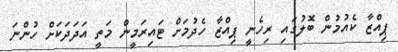
ޕިއްޒާ ކެއުމުން ބޮލުގައި ރިހެނީ ޕިއްޒާ ހެދުމަށް ޓައިރަމީން މަތީ އަދަދަކަށް ހުންނަ